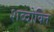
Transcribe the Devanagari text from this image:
शब्दोक्ति